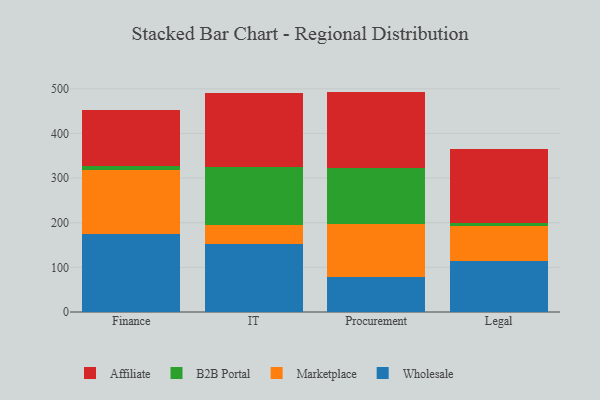
{"axis": {"x": "Department", "y": "Revenue (USD Million)"}, "legend": ["Affiliate", "B2B Portal", "Marketplace", "Wholesale"], "data": [{"x": "Finance", "y": 175.3, "type": "Wholesale"}, {"x": "Finance", "y": 143.5, "type": "Marketplace"}, {"x": "Finance", "y": 8.5, "type": "B2B Portal"}, {"x": "Finance", "y": 124.1, "type": "Affiliate"}, {"x": "IT", "y": 152.8, "type": "Wholesale"}, {"x": "IT", "y": 42.4, "type": "Marketplace"}, {"x": "IT", "y": 130.2, "type": "B2B Portal"}, {"x": "IT", "y": 165.5, "type": "Affiliate"}, {"x": "Procurement", "y": 78.4, "type": "Wholesale"}, {"x": "Procurement", "y": 119.2, "type": "Marketplace"}, {"x": "Procurement", "y": 125.8, "type": "B2B Portal"}, {"x": "Procurement", "y": 170.3, "type": "Affiliate"}, {"x": "Legal", "y": 113.6, "type": "Wholesale"}, {"x": "Legal", "y": 79.8, "type": "Marketplace"}, {"x": "Legal", "y": 6.9, "type": "B2B Portal"}, {"x": "Legal", "y": 163.9, "type": "Affiliate"}]}